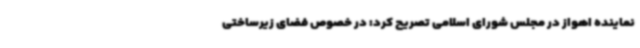
نماینده اهواز در مجلس شورای اسلامی تصریح کرد: در خصوص فضای زیرساختی